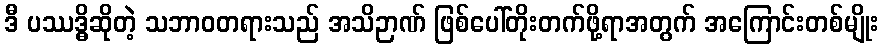
ဒီ ပဿဒ္ဓိဆိုတဲ့ သဘာဝတရားသည် အသိဉာဏ် ဖြစ်ပေါ်တိုးတက်ဖို့ရာအတွက် အကြောင်းတစ်မျိုး